Civil Veterinary Dept. Bombay admin report 1900-1906 - 1900-1906
Year: 1900
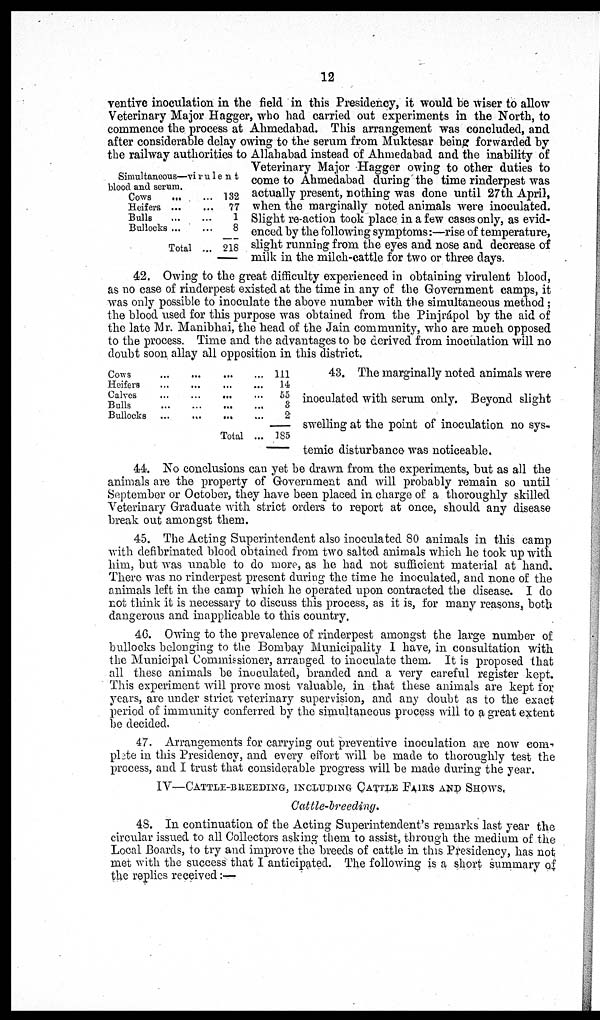
12
Simultaneous—virulent
blood and serum.
Cows
... ...
Heifers ...
Bulls
...
...
Bullocks ...
Total ...
132
77
1
8
218
ventive inoculation in the field in this Presidency, it would be wiser to allow
Veterinary Major Hagger, who had carried out experiments in the North, to
commence the process at Ahmedabad. This arrangement was concluded, and
after considerable delay owing to the serum from Muktesar being forwarded by
the railway authorities to Allahabad instead of Ahmedabad and the inability of
Veterinary Major Hagger owing to other duties to
come to Ahmedabad during the time rinderpest was
actually present, nothing was done until 27th April,
when the marginally noted animals were inoculated.
Slight re-action took place in a few cases only, as evid-
enced by the following symptoms:—rise of temperature,
slight running from the eyes and nose and decrease of
milk in the milch-cattle for two or three days.
42. Owing to the great difficulty experienced in obtaining virulent blood,
as no case of rinderpest existed at the time in any of the Government camps, it
was only possible to inoculate the above number with the simultaneous method;
the blood used for this purpose was obtained from the Pinjrápol by the aid of
the late Mr. Manibhai, the head of the Jain community, who are much opposed
to the process. Time and the advantages to be derived from inoculation will no
doubt soon allay all opposition in this district.
Cows ...
Heifers ...
Calves ...
Bulls ...
Bullocks ...
... ...
...
...
... ...
...
...
...
...
Total
... 111
...
14
...
55
... 8
... 2
... 185
43. The marginally noted animals were
inoculated with serum only. Beyond slight
swelling at the point of inoculation no sys-
temic disturbance was noticeable.
44. No conclusions can yet be drawn from the experiments, but as all the
animals are the property of Government and will probably remain so until
September or October, they have been placed in charge of a thoroughly skilled
Veterinary Graduate with strict orders to report at once, should any disease
break out amongst them.
45. The Acting Superintendent also inoculated 80 animals in this camp
with defibrinated blood obtained from two salted animals which he took up with
him, but was unable to do more, as he had not sufficient material at hand.
There was no rinderpest present during the time he inoculated, and none of the
animals left in the camp which he operated upon contracted the disease. I do
not think it is necessary to discuss this process, as it is, for many reasons, both
dangerous and inapplicable to this country.
46. Owing to the prevalence of rinderpest amongst the large number of
bullocks belonging to the Bombay Municipality 1 have, in consultation with
the Municipal Commissioner, arranged to inoculate them. It is proposed that
all these animals be inoculated, branded and a very careful register kept.
This experiment will prove most valuable, in that these animals are kept for,
years, are under strict veterinary supervision, and any doubt as to the exact
period of immunity conferred by the simultaneous process will to a great extent
be decided.
47. Arrangements for carrying out preventive inoculation are now com-
plete in this Presidency, and every effort will be made to thoroughly test the
process, and I trust that considerable progress will be made during the year.
IV—CATTLE-BREEDING, INCLUDING CATTLE PAIRS AND SHOWS,
Cattle-breeding.
48. In continuation of the Acting Superintendent's remarks last year the
circular issued to all Collectors asking them to assist, through the medium of the
Local Boards, to try and improve the breeds of cattle in this Presidency, has not
met with the success that I anticipated. The following is a short summary of
the replies received:—